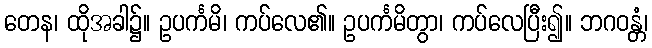
တေန၊ ထိုအခါ၌။ ဥပင်္ကမိ၊ ကပ်လေ၏။ ဥပင်္ကမိတွာ၊ ကပ်လေပြီး၍။ ဘဂဝန္တံ၊